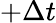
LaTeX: +\Delta t